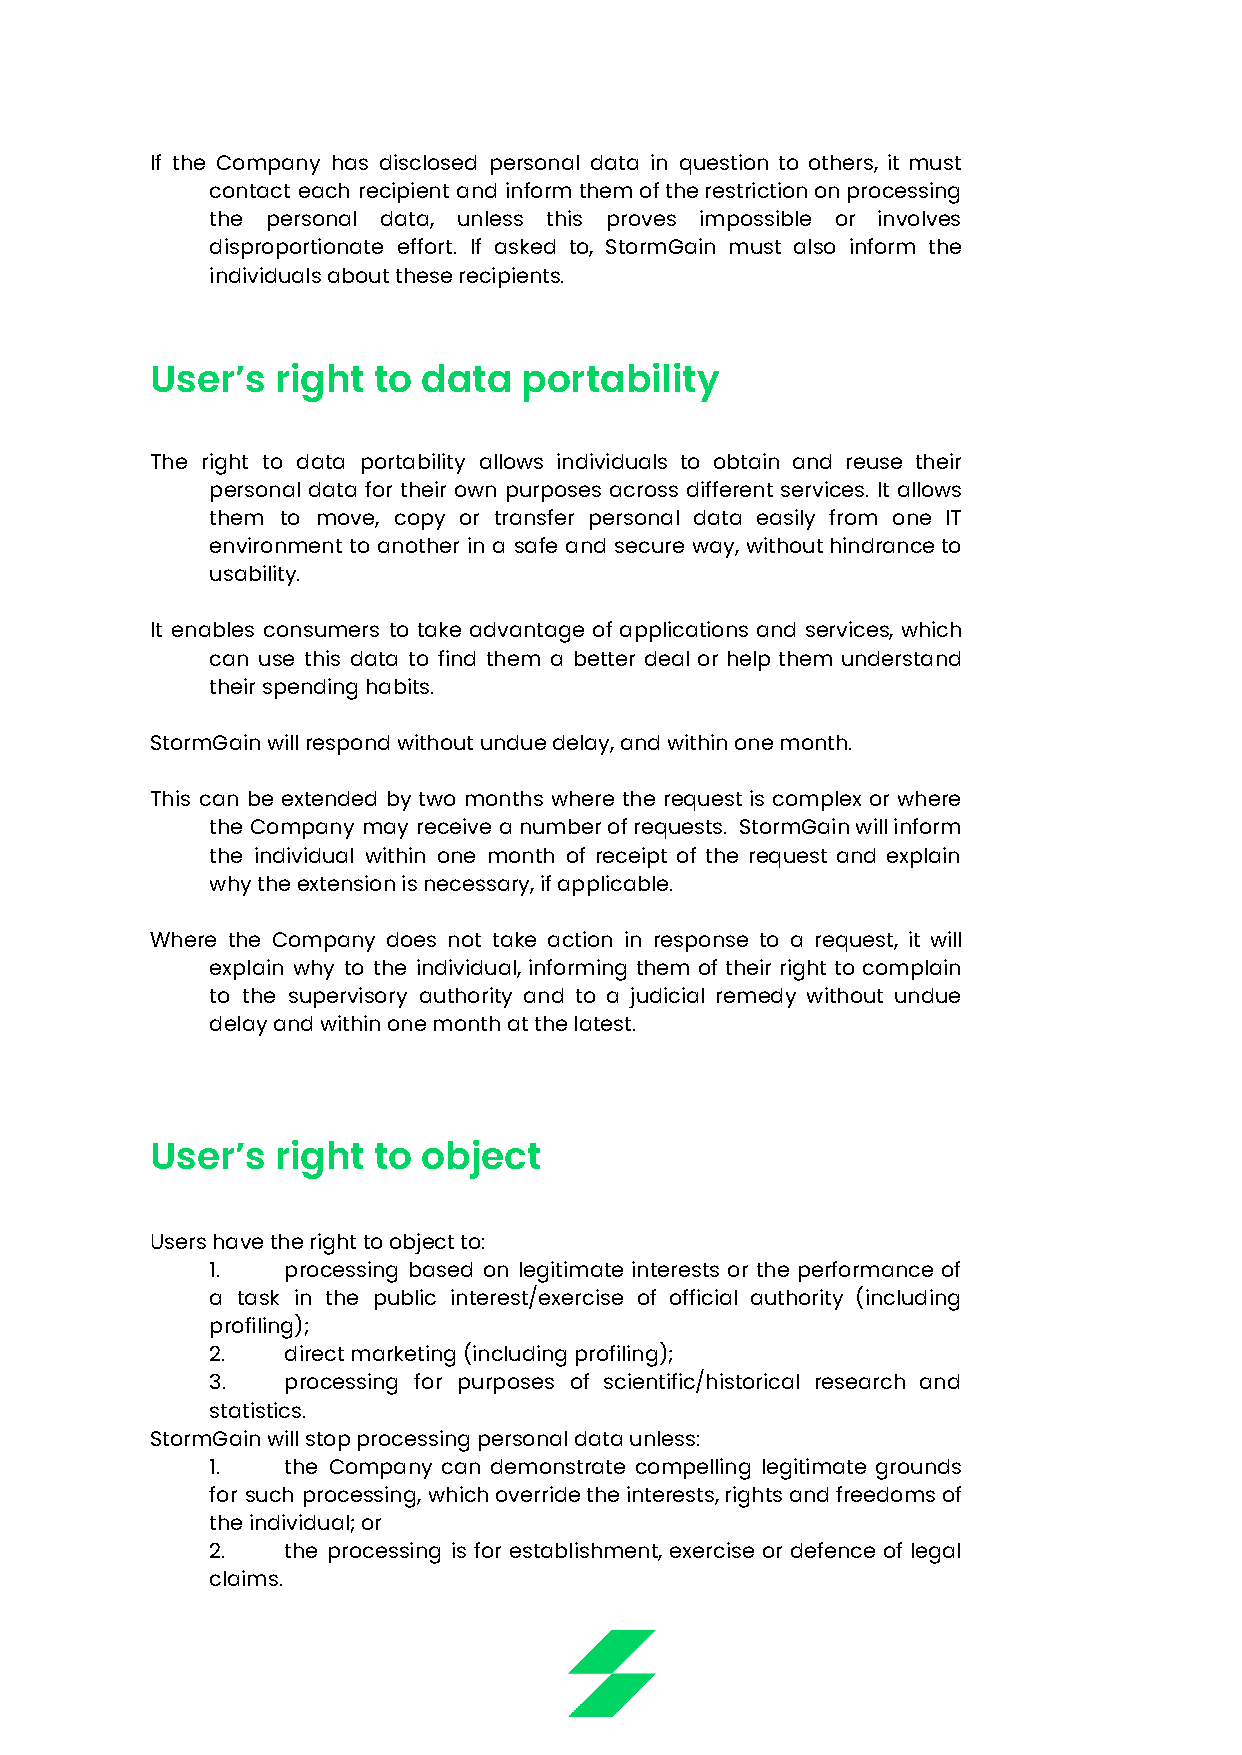
If the Company has disclosed personal data in question to others, it must
 contact each recipient and informthemoftherestrictiononprocessing
 the personal data, unless this proves impossible or involves
 disproportionate effort. If asked to, StormGain must also inform the
 individuals about these recipients.
 User’s  right  to data  portability
 The right to data portability allows individuals to obtain and reuse their
 personal data for their own purposes across different services. It allows
 them to move, copy or transfer personal data easily from one IT
 environment to another in a safe and secure way, withouthindranceto
 usability.
 It enables consumers to take advantage of applications and services, which
 can use this data to find them a better deal or help them understand
 their spending habits.
 StormGain will respond without undue delay, and within one month.
 This can be extended by two months where the request is complex or where
 the Company may receive anumberofrequests. StormGainwillinform
 the individual within one month of receipt of the request and explain
 why the extension is necessary, if applicable.
 Where the Company does not take action in response to a request, it will
 explain why to the individual, informing them of their right to complain
 to the supervisory authority and to a judicial remedy without undue
 delay and within one month at the latest.
 User’s  right  to object
 Users have the right to object to:
 1.   processing based on legitimate interests or the performance of
 a task in the public interest/exercise of official authority (including
 profiling);
 2.   direct marketing (including profiling);
 3.   processing for purposes of scientific/historical research and
 statistics.
 StormGain will stop processing personal data unless:
 1.   the Company can demonstrate compelling legitimate grounds
 for such processing, whichoverridetheinterests,rightsandfreedomsof
 the individual; or
 2.   the processing is for establishment, exercise or defence of legal
 claims.